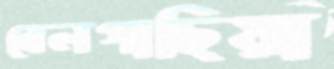
বেলগাছিয়া